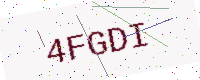
Text: 4FGDI